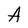
Character: A